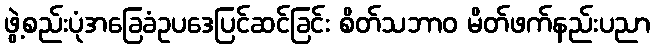
ဖွဲ့စည်းပုံအခြေခံဥပဒေပြင်ဆင်ခြင်း စိတ်သဘာဝ မိတ်ဖက်နည်းပညာ